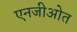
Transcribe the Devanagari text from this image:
एनजीओत